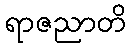
ရာဇညာတိ